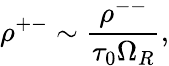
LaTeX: \rho^{+-}\sim\frac{\rho^{--}}{\tau_{0}\Omega_{R}},